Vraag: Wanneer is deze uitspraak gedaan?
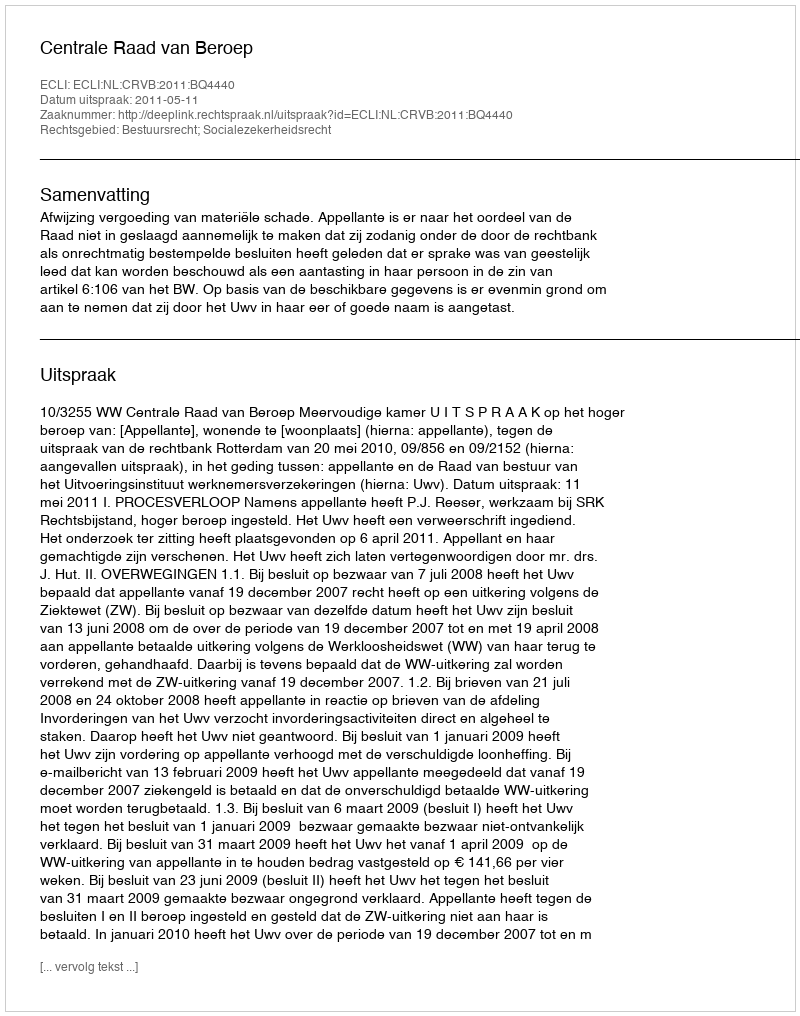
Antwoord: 2011-05-11